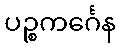
ပဉ္စကင်္ဂေန